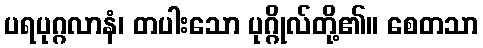
ပရပုဂ္ဂလာနံ၊ တပါးသော ပုဂ္ဂိုလ်တို့၏။ စေတသာ